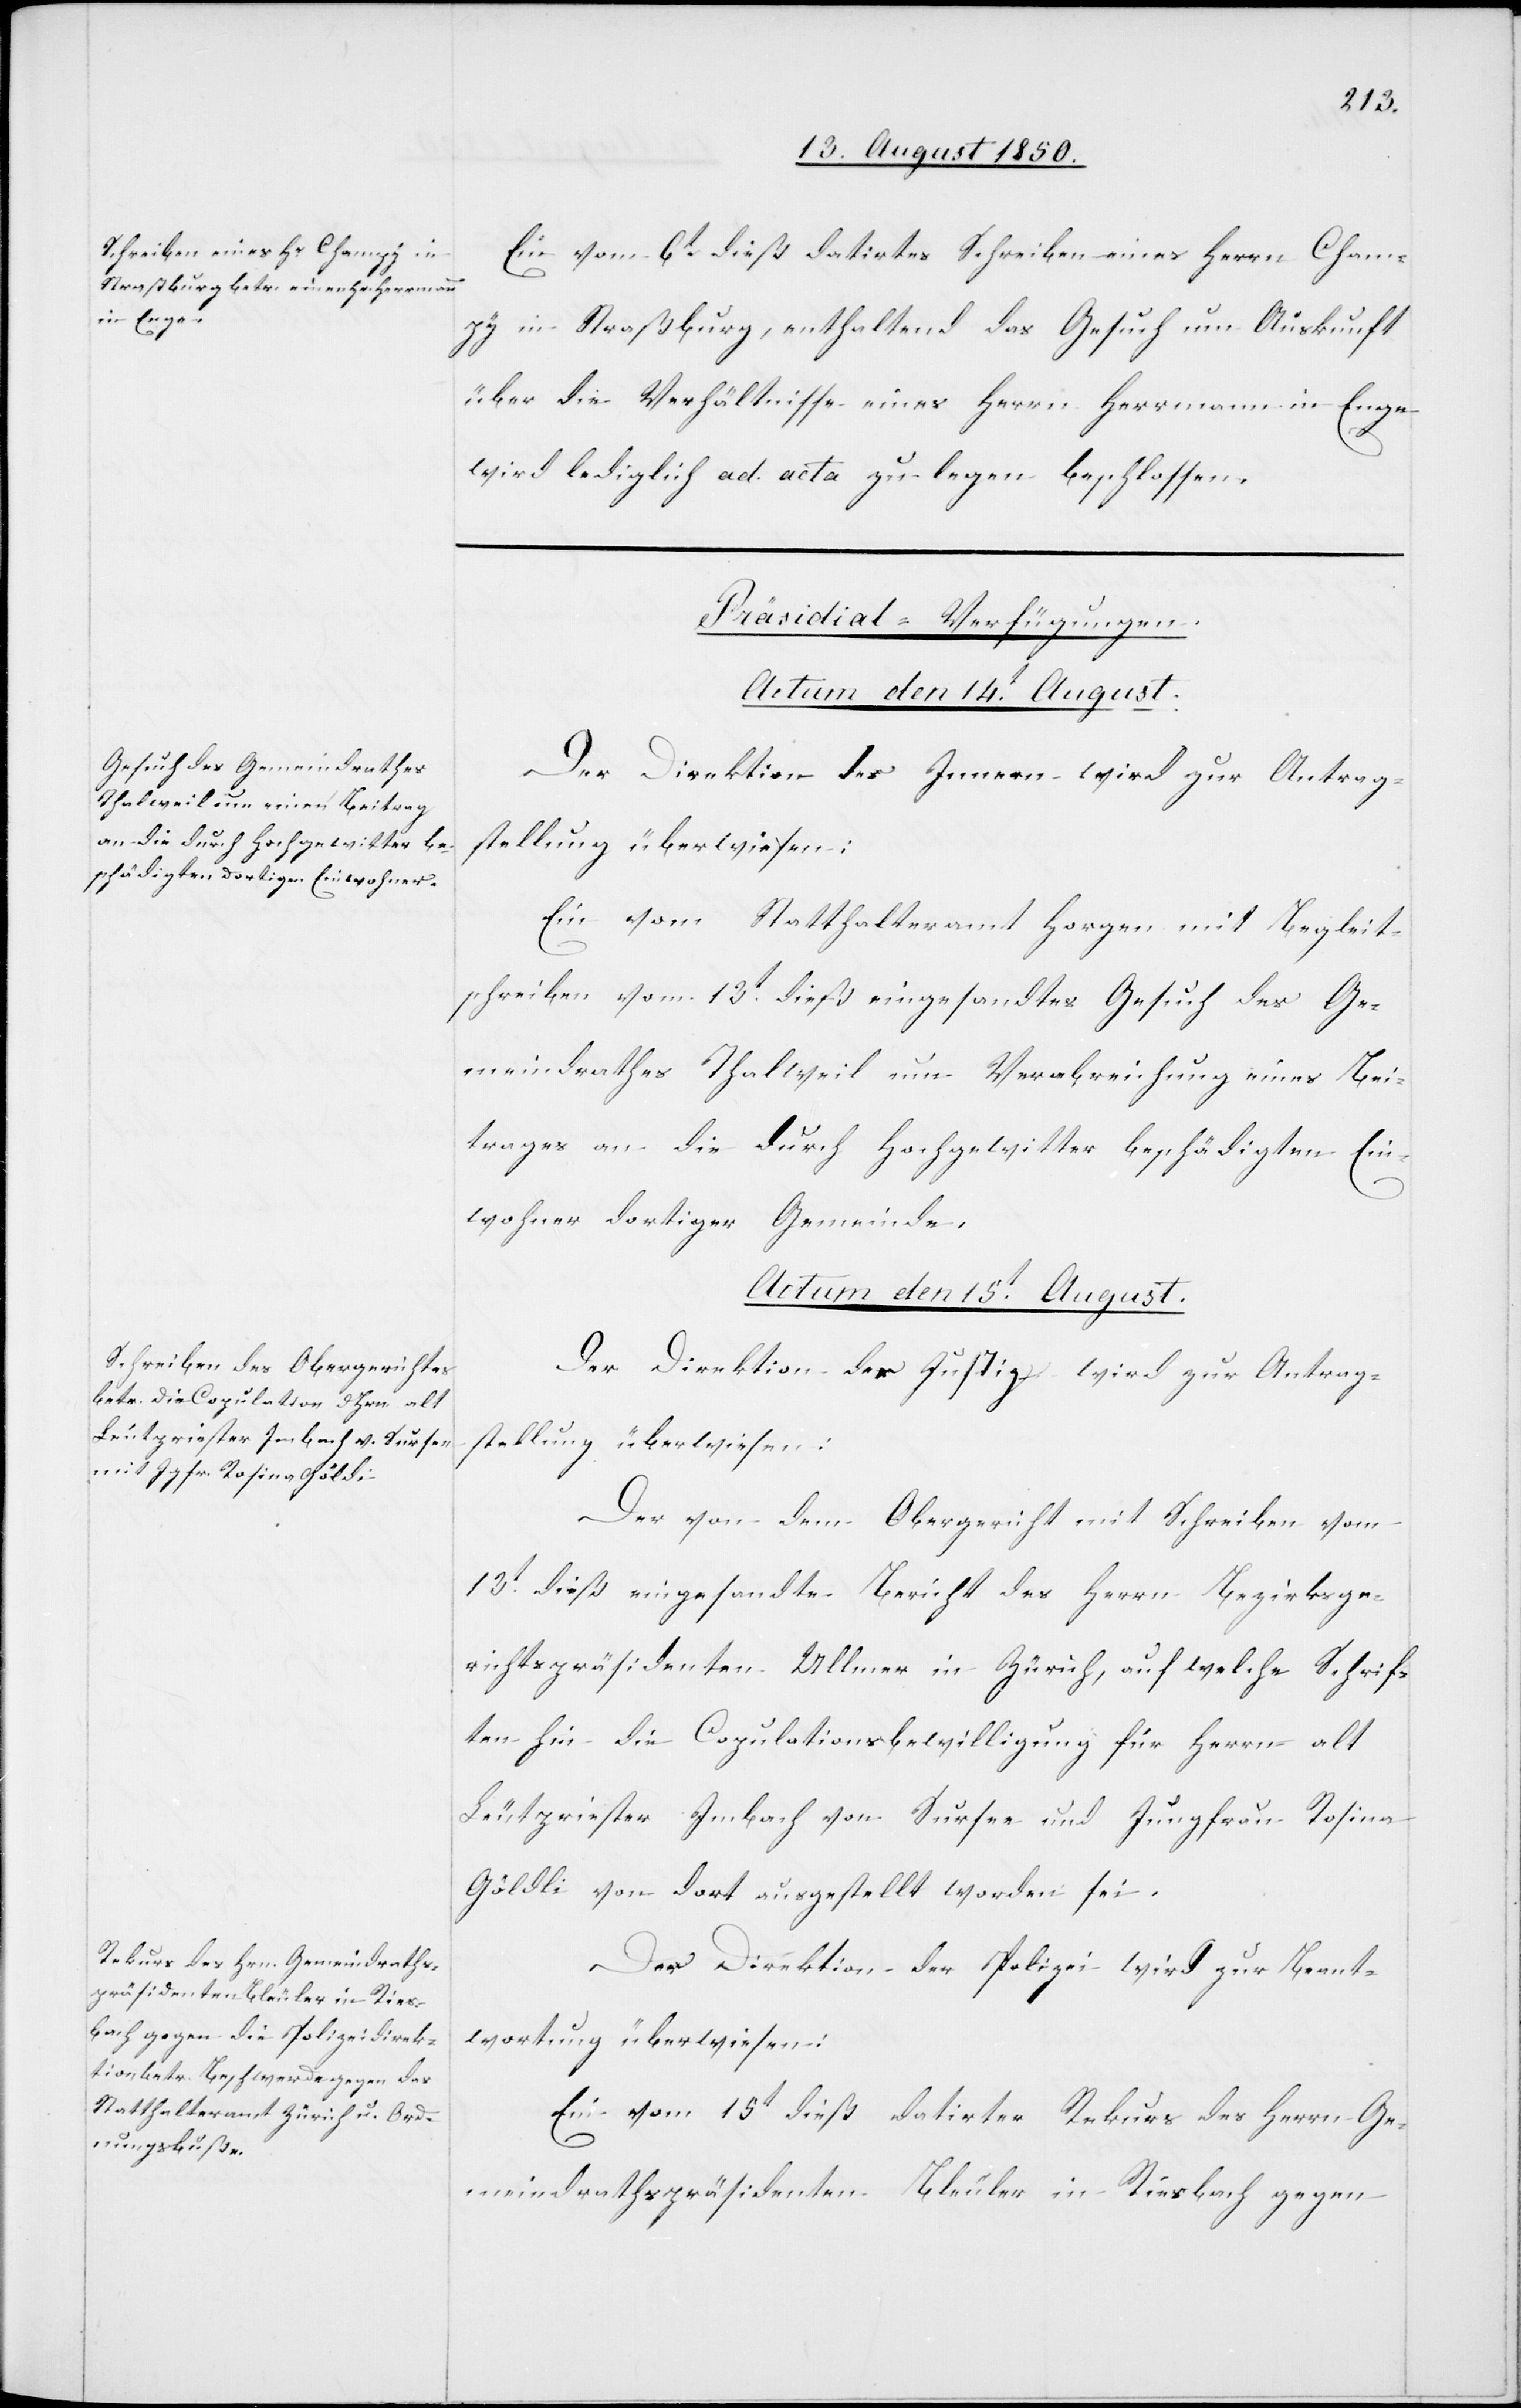
Ein vom 6t dieß datirtes Schreiben eines Herrn Cham¬
py in Straßburg, enthaltend das Gesuch um Auskunft
über die Verhältnisse eines Herrn Herrmann in Enge
wird lediglich ad acta zu legen beschlossen.
[Präsidial-Verfügungen.
Der Direktion des Innern wird zur Antrag¬
stellung überwiesen:
Ein vom Statthalteramt Horgen mit Begleit¬
schreiben vom 13t dieß eingesandtes Gesuch des Ge¬
meindrathes Thalweil um Verabreichung eines Bei¬
trages an die durch Hochgewitter beschädigten Ein¬
wohner dortiger Gemeinde.
Actum den 15t August.]
Der Direktion der Justiz wird zur Antrag¬
stellung überwiesen:
Der von dem Obergericht mit Schreiben vom
13t dieß eingesandte Bericht des Herrn Bezirksge¬
richtspräsidenten Ullmer in Zürich, auf welche Schrif¬
ten hin die Copulationsbewilligung für Herrn alt
Leutpriester Imbach von Sursee und Jungfrau Rosina
Gödli [sic!] von dort ausgestellt worden sei.
Der Direktion der Polizei wird zur Beant¬
wortung überwiesen:
Ein vom 15t dieß datirter Rekurs des Herrn Ge¬
meindrathspräsidenten Bleuler in Riesbach gegen